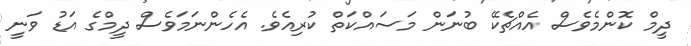
ދީމް ކޮންމެވެސް އެއްޗެކޭ ބުނަން މަސައްކަތް ކުރިއެވެ. އެހެންނަމަވެސް ދީމްގެ އަޑު ވަނީ